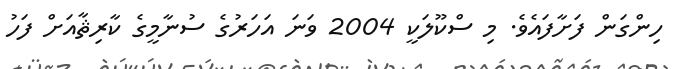
ހިންގަން ފަށާފައެވެ. މި ސްކޫލަކީ 2004 ވަނަ އަހަރުގެ ސުނާމީގެ ކާރިޘާއަށް ފަހު